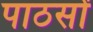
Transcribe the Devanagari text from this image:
पाठसों